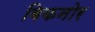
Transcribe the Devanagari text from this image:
बिकनोर